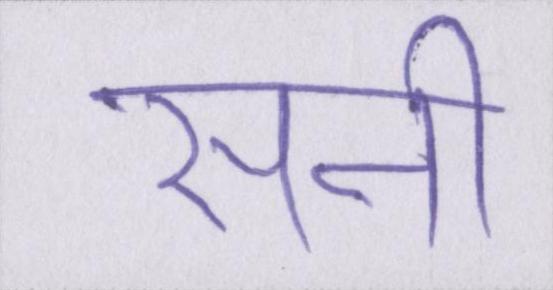
सनी